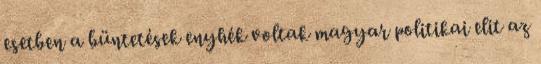
esetben a büntetések enyhék voltak magyar politikai elit az